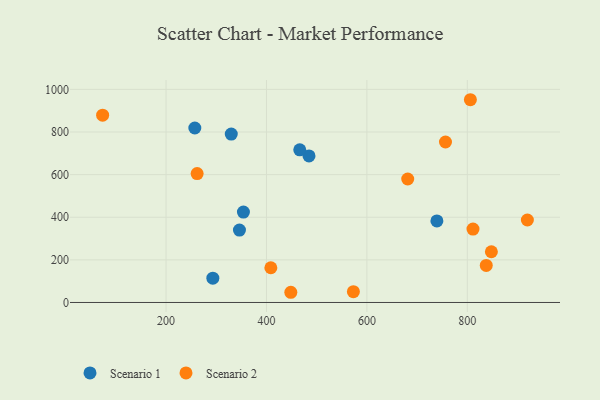
{"axis": {"x": "Distance", "y": "Yield"}, "legend": ["Scenario 1", "Scenario 2"], "data": [{"x": "257.3", "y": 818.8, "type": "Scenario 1"}, {"x": "484.7", "y": 687.9, "type": "Scenario 1"}, {"x": "739.4", "y": 382.6, "type": "Scenario 1"}, {"x": "346.2", "y": 339.9, "type": "Scenario 1"}, {"x": "329.9", "y": 790.3, "type": "Scenario 1"}, {"x": "466.3", "y": 716.5, "type": "Scenario 1"}, {"x": "293.2", "y": 114.1, "type": "Scenario 1"}, {"x": "354.1", "y": 424.2, "type": "Scenario 1"}, {"x": "573.1", "y": 50.6, "type": "Scenario 2"}, {"x": "756.5", "y": 753.1, "type": "Scenario 2"}, {"x": "408.7", "y": 162.9, "type": "Scenario 2"}, {"x": "73.7", "y": 878.8, "type": "Scenario 2"}, {"x": "847.9", "y": 238.0, "type": "Scenario 2"}, {"x": "261.9", "y": 604.8, "type": "Scenario 2"}, {"x": "919.6", "y": 387.1, "type": "Scenario 2"}, {"x": "811.3", "y": 344.6, "type": "Scenario 2"}, {"x": "681.3", "y": 579.5, "type": "Scenario 2"}, {"x": "806.1", "y": 951.4, "type": "Scenario 2"}, {"x": "837.7", "y": 173.7, "type": "Scenario 2"}, {"x": "448.5", "y": 47.9, "type": "Scenario 2"}]}